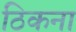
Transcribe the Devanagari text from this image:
ठिकना